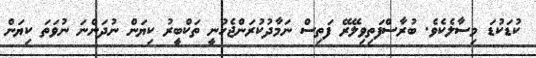
ކުޑަކުޑަ މިސާލެކެވެ. ބުރާސްފަތިވިލޭރޭ ފަތިސް ނަމާދުކުރަންޖެހުނީ ތަކްބީރު ކިޔަން ނުދަންނަ ނުވަތަ ކިޔަން